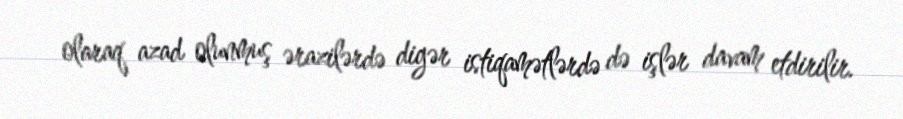
olaraq azad olunmuş ərazilərdə digər istiqamətlərdə də işlər davam etdirilir.